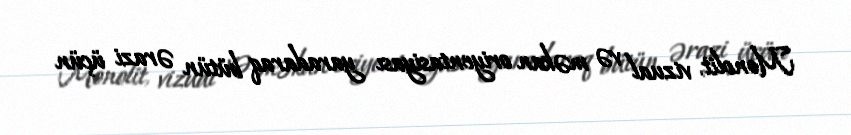
Monolit, vizual və məkan oriyentasiyası yaradaraq bütün ərazi üçün